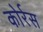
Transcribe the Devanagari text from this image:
कोर्रस